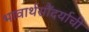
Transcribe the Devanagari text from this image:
भावार्थसौंदर्याची